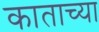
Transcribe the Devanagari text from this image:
काताच्या